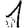
Digit: 1